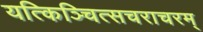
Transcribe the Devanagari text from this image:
यत्किञ्चित्सचराचरम्